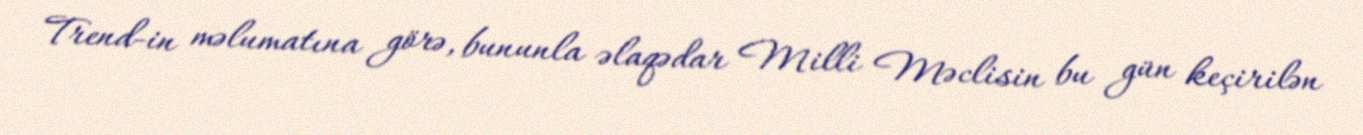
Trend-in məlumatına görə, bununla əlaqədar Milli Məclisin bu gün keçirilən